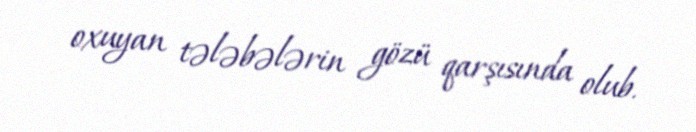
oxuyan tələbələrin gözü qarşısında olub.